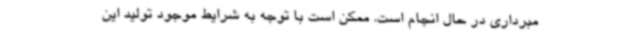
مبرداری در حال انجام است. ممکن است با توجه به شرایط موجود تولید این